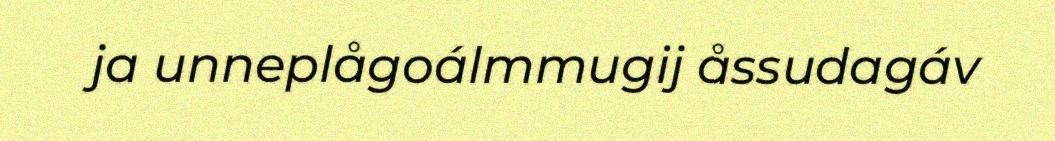
ja unneplågoálmmugij åssudagáv